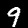
Digit: 9